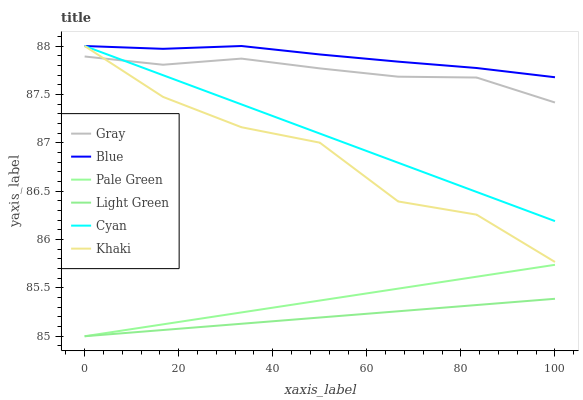
| xaxis_label | Gray | Blue | Pale Green | Light Green | Cyan | Khaki |
 | --- | --- | --- | --- | --- | --- | --- |
 | 0 | 87.9 | 88 | 85 | 85 | 88 | 88 |
 | 16.7 | 87.8 | 88 | 85.1 | 85.1 | 87.7 | 87.5 |
 | 33.3 | 87.9 | 88 | 85.2 | 85.1 | 87.4 | 87.2 |
 | 50 | 87.8 | 87.9 | 85.4 | 85.2 | 87.1 | 87 |
 | 66.7 | 87.7 | 87.8 | 85.5 | 85.3 | 86.8 | 86.4 |
 | 83.3 | 87.7 | 87.8 | 85.6 | 85.3 | 86.5 | 86.3 |
 | 100 | 87.4 | 87.7 | 85.7 | 85.4 | 86.2 | 85.8 |